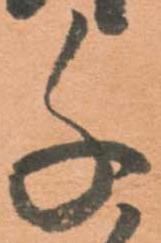
千